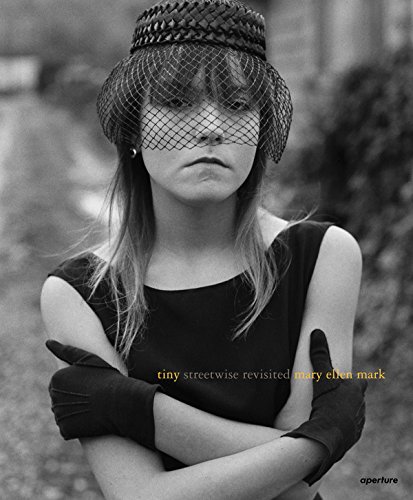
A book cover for Mary Ellen Mark: Tiny, Streetwise Revisited; Isabel Allende; Arts & Photography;